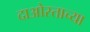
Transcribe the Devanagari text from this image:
दाओस्ताच्या